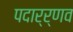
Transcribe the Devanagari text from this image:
पदार्र्णव